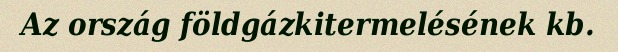
Az ország földgázkitermelésének kb.